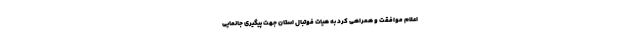
اعلام موافقت و همراهی کرد به هیات فوتبال استان جهت پیگیری جانمایی